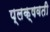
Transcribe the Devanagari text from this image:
प्लक्षवती